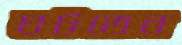
ঘটতেন